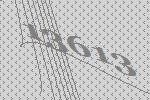
13613